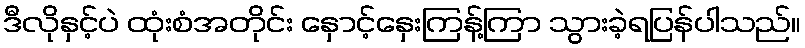
ဒီလိုနှင့်ပဲ ထုံးစံအတိုင်း နှောင့်နှေးကြန့်ကြာ သွားခဲ့ရပြန်ပါသည်။